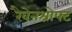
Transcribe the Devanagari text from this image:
रैवेनश्रोफ्ट